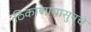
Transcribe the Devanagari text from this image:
ठिकाणापासुनचे